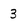
Character: 3